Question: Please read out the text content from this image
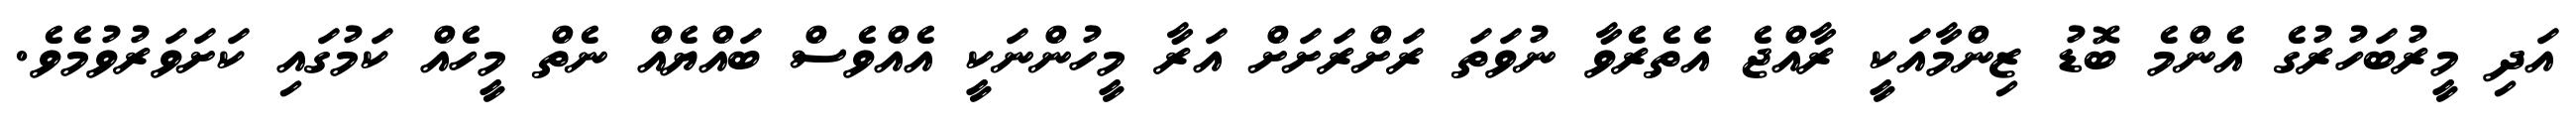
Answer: އަދި މީރުބަހުރުގެ އެންމެ ބޮޑު ޒިންމާއަކީ ރާއްޖެ އެތެރެވާ ނުވަތަ ރަށްރަށަށް އަރާ މީހުންނަކީ އެއްވެސް ބައްޔެއް ނެތް މީހެއް ކަމުގައި ކަށަވަރުވުމެވެ.